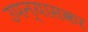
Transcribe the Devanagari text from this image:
उपन्यासकर